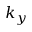
k _ { y }